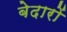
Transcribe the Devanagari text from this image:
बेदारों